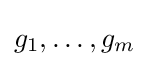
g_{1},\ldots ,g_{m}